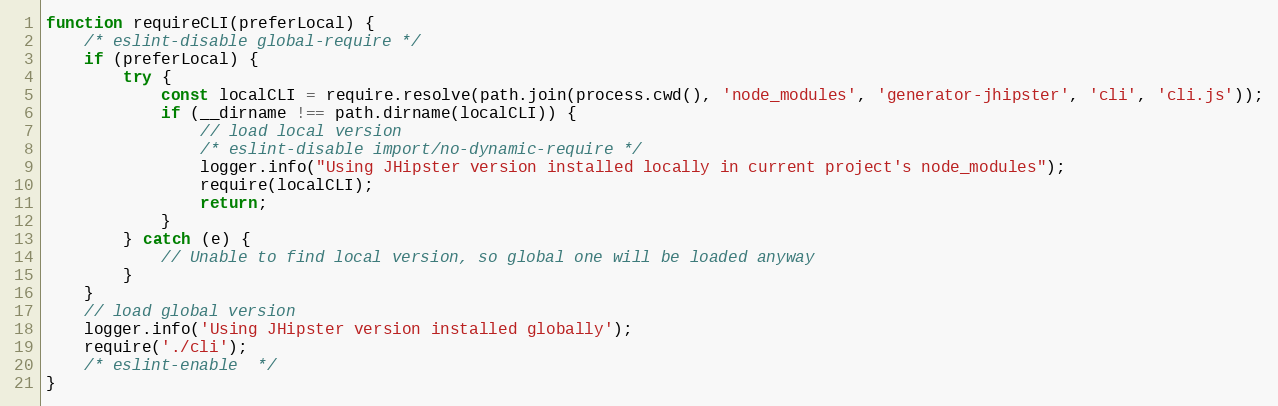
Language: JavaScript
function requireCLI(preferLocal) {
    /* eslint-disable global-require */
    if (preferLocal) {
        try {
            const localCLI = require.resolve(path.join(process.cwd(), 'node_modules', 'generator-jhipster', 'cli', 'cli.js'));
            if (__dirname !== path.dirname(localCLI)) {
                // load local version
                /* eslint-disable import/no-dynamic-require */
                logger.info("Using JHipster version installed locally in current project's node_modules");
                require(localCLI);
                return;
            }
        } catch (e) {
            // Unable to find local version, so global one will be loaded anyway
        }
    }
    // load global version
    logger.info('Using JHipster version installed globally');
    require('./cli');
    /* eslint-enable  */
}